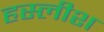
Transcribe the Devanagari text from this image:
हस्लीश